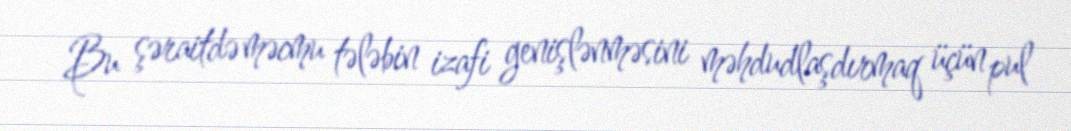
Bu şəraitdə məcmu tələbin izafi genişlənməsini məhdudlaşdırmaq üçün pul